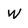
Character: W